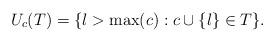
LaTeX: \begin{align*}U_c(T)=\{l>\max(c):c\cup\{l\}\in T\}.\end{align*}